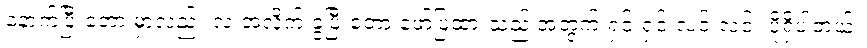
နောက်ပြီးတော့ မှာလည်း လ အလိုက် ခွဲပြီးတော့ ဖော်ပြထားသည့် အတွက် ရှင်းရှင်းလင်းလင်း ပိုရှိပါတယ်။